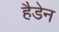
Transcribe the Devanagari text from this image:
हैडेन